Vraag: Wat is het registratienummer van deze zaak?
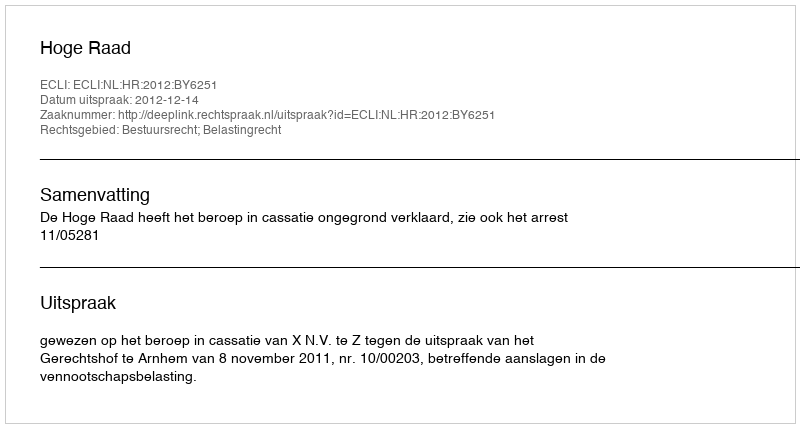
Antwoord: http://deeplink.rechtspraak.nl/uitspraak?id=ECLI:NL:HR:2012:BY6251